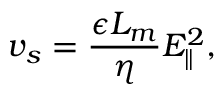
v _ { s } = \frac { \epsilon L _ { m } } { \eta } E _ { \parallel } ^ { 2 } ,